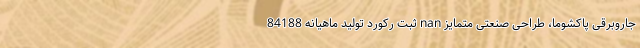
جاروبرقی پاکشوما، طراحی صنعتی متمایز nan ثبت رکورد تولید ماهیانه 84188